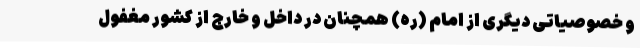
و خصوصیاتی دیگری از امام (ره) همچنان در داخل و خارج از کشور مغفول